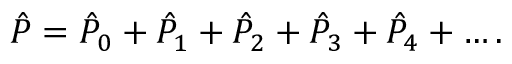
\begin{array} { r } { \hat { P } = \hat { P } _ { 0 } + \hat { P } _ { 1 } + \hat { P } _ { 2 } + \hat { P } _ { 3 } + \hat { P } _ { 4 } + \dots . } \end{array}